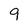
Character: 9